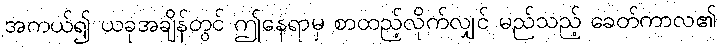
အကယ်၍ ယခုအချိန်တွင် ဤနေရာမှ စာထည့်လိုက်လျှင် မည်သည့် ခေတ်ကာလ၏